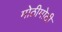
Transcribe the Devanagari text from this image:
मोठीमोठी